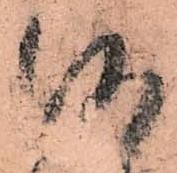
何